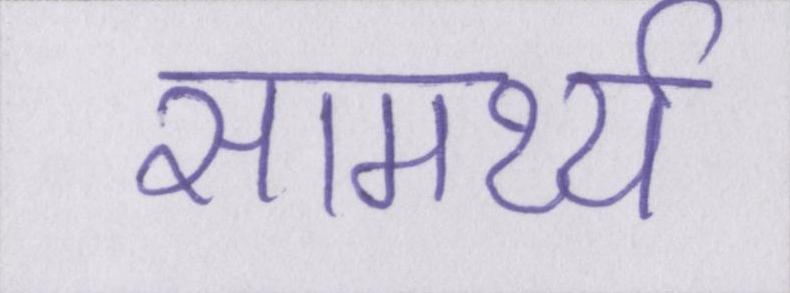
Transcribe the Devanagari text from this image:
सामर्थ्य